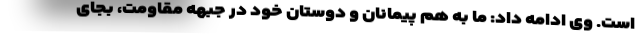
است. وی ادامه داد: ما به هم پیمانان و دوستان خود در جبهه مقاومت، بجای